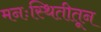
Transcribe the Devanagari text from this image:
मनःस्थितीतून